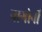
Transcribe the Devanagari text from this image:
नागोर्नी